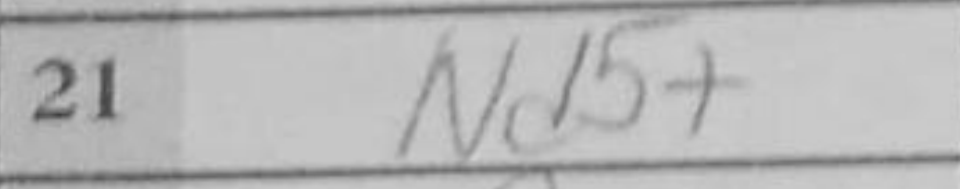
Transcription: Nd5+